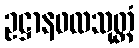
ဥဋ္ဌာနဖလသုတ္တံ